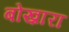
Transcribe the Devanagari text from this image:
बोख़ारा